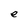
Character: e